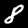
Digit: 8